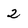
Character: 2